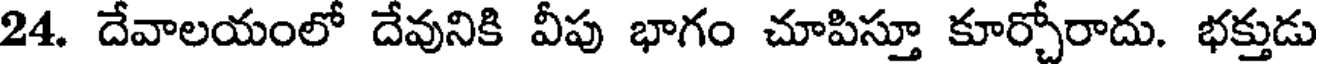
24. దేవాలయంలో దేవునికి వీపు భాగం చూపిస్తూ కూర్చోరాదు. భక్తుడు